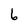
Character: 6